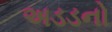
અડડનો